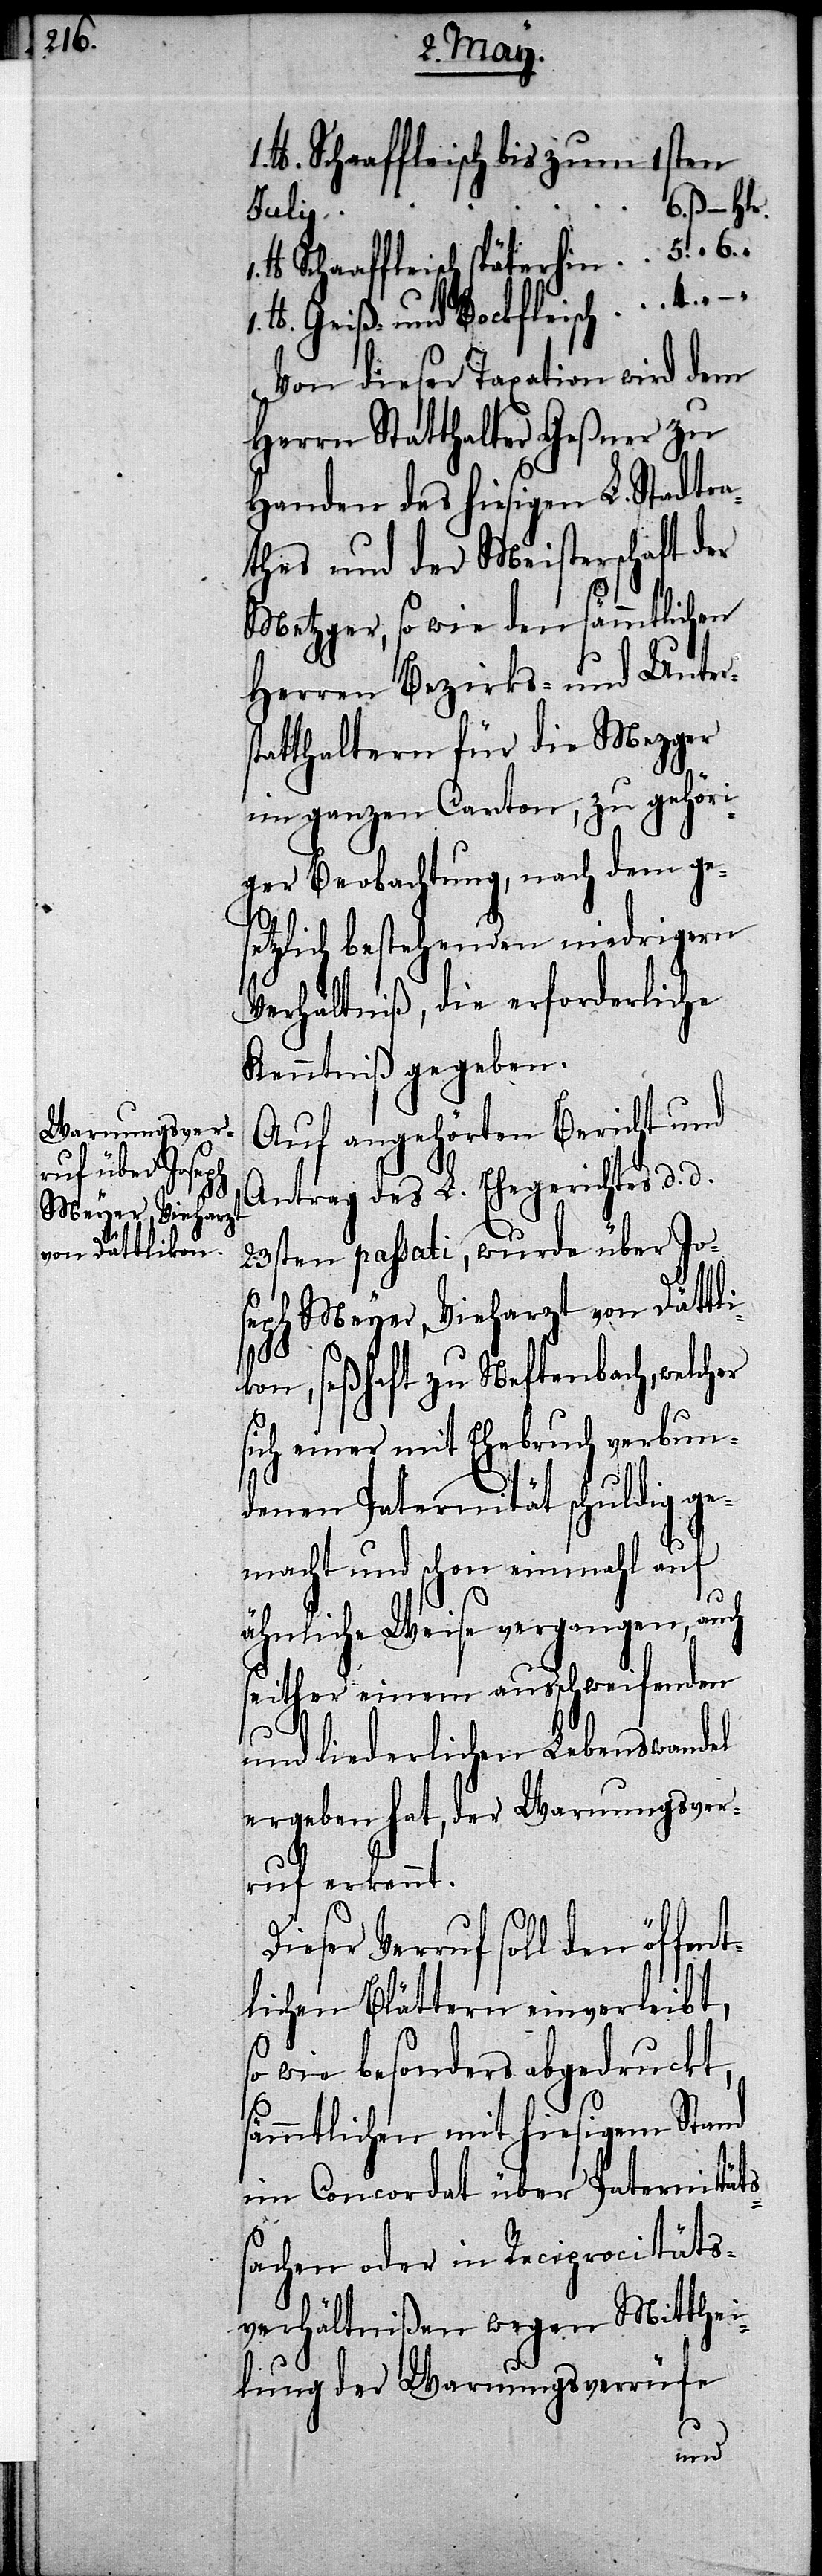
lb. Schaaffleisch bis zum 1sten
ß – Hlr.
lb Schaaffleisch späterhin	5. “ 6. “
lb. Geiß- und Bockfleisch	4. “ –
Von dieser Taxation wird dem
Herrn Statthalter Geßner zu
Handen des hiesigen L. Stadtra¬
thes und der Meisterschaft der
Metzger, so wie den sämmtlichen
Herren Bezirks- und Unters¬
tatthaltern für die Mezger
im ganzen Canton, zu gehöri¬
ger Beobachtung, nach dem ges¬
etzlich bestehenden niedrigen
Verhältniß, die erforderliche
Kenntniß gegeben.
Auf angehörten Bericht und
Antrag des L. Ehegerichts d. d.
23sten passati, wurde über Jos¬
eph Meyer, Vieharzt von Dättli¬
kon, seßhaft zu Neftenbach, welcher
sich einer mit Ehebruch verbun¬
denen Paternität schuldig ge¬
macht und schon einmahl auf
ähnliche Weise vergangen,
seither einem ausschweifenden
und liederlichen Lebenswandel
ergeben hat, der Warnungsver¬
ruf erkennt.
Dieser Verruf soll den öffent¬
lichen Blättern einverleibt,
so wie besonders abgedruckt,
sämmtlichen mit hiesigem Stand
im Concordat über Paternitäts¬
sachen oder in Reciprocitäts¬
verhältnißen wegen Mitthei¬
lung der Warnungsverrüfe